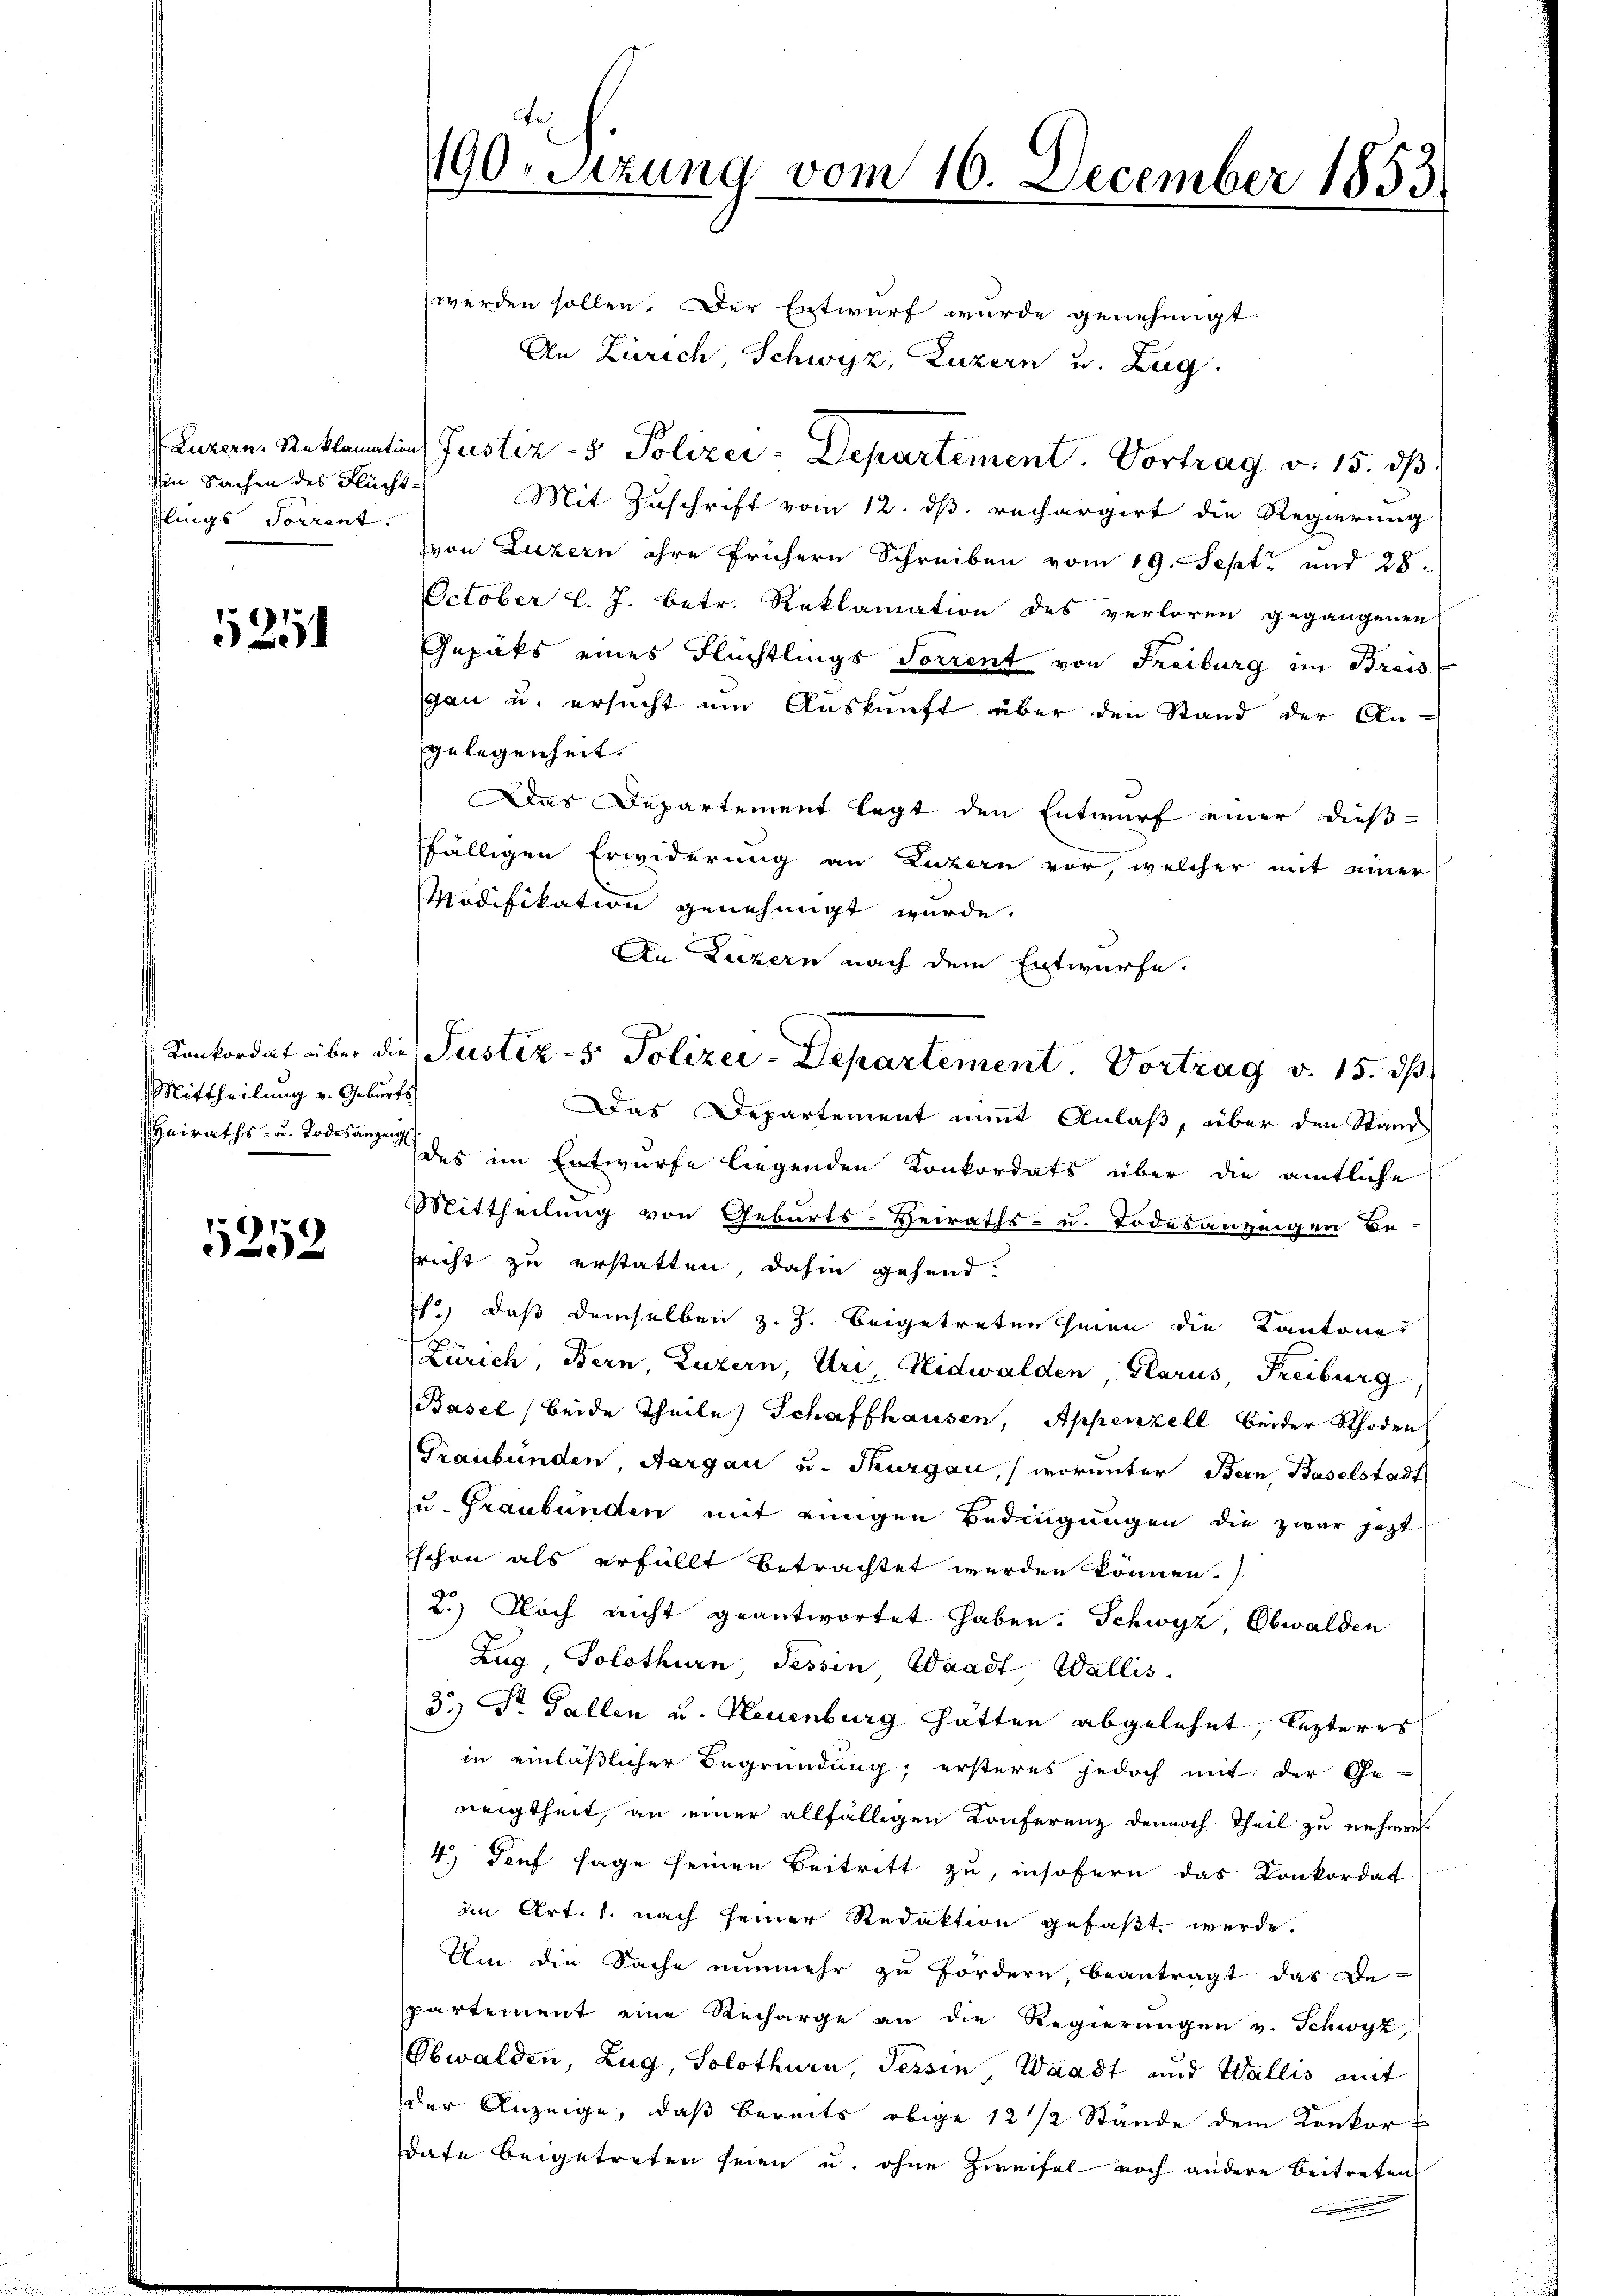
in Sachen des Flüchtflings Sorrent.

5251

Mittheilung u. Geburts
Heiraths- u. Todesanzeig

5252

190-Sitzung vom 16. December 1853

werden sollen. Der Entwurf wurde genehmigt.
An Zürich, Schwyz, Luzern und Zug.
 Luzern. Reklamation Justiz- & Polizei-Departement. Vortrag v. 15. dβ.
Mit Zuschrift vom 12. dß. rechargirt die Regierung
von Luzern ihre frühern Schreiben vom 19. Sept. und 28.
October l. J. betr. Reklamation des verloren gegangenen
Gepäks eines Flüchtlings Sorrent von Freiburg im Breis
gau u. ersucht um Auskunft über den Stand der An-
gelegenheit.
Das Departement legt den Entwurf einer dießffälligen Erwiderung an Luzern vor, welcher mit einer
Modifikation genehmigt wurde.
An Luzern nach dem Entwürfe.
Das Departement mit Anlaß, über den Stand
des im Entwurfe liegenden Konkordats über die amtliche
Mittheilung von Geburts-Heiraths- u. Todesanzeigen Be-
richt zu erstatten, dahin gehend.
1) daß demselben z. Z. beigetreten hinen die Kantone
Zürich, Bern, Luzern, Uri, Nidwalden, Glarus, Freiburg
Basel (beide Theile Schaffhausen, Appenzell beider Rhoden
Graubünden, Aargau u. Thurgau, (worunter Bern, Baselstadt
zu Graubünden mit einigen Bedingungen die zwar jetzt
schon als erfüllt betrachtet werden können.
2.) Noch nicht geantwortet haben. Schwyz, Obwalden
Zug, Solothurn Sessen Waadt Wallis.
3.) Dr. Gallen u. Neuenburg hätten abgelehnt, lezteres
in einläßlicher Begründung; ersteres jedoch mit der Ge-
neigtheit, an einer allfälligen Konferenz dennoch Theil zu nehmen.
4) Dorf sage seinen Beitritt zu, insofern das Konkordat
in Art. 1. nach seiner Redaktion gefaßt werde.
Um die Sache nunmehr zu fördern beantragt das De-
spartement eine Recharge an die Regierungen v. Schwyz,
Obwalden, Zug, Solothurn, Tessin, Waadt und Wallis mit
der Anzeige, daß bereits obige 12 1/2 Stände dem Konkordate beigetreten seien u. ohne Zweifel noch andere Beitreten

Contordat über die Justiz- & Polizei-Departement. Vortrag v. 15. ds